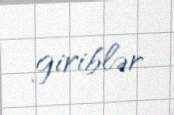
giriblər.